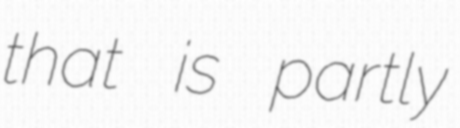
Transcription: that is partly